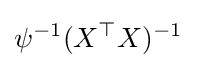
\psi ^{-1}(X^{\top }X)^{-1}